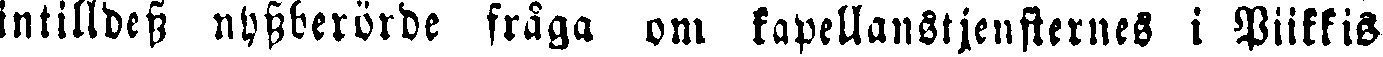
intilldess nyssberörde fråga om kapellanstjenfternes i Piikkis